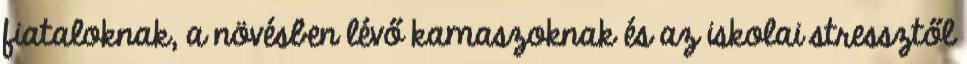
fiataloknak, a növésben lévő kamaszoknak és az iskolai stressztől